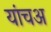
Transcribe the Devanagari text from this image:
यांचअ